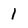
Character: 1